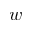
w